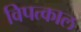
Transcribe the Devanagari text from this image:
विपत्काल